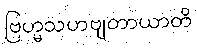
ဗြဟ္မသဟဗျတာယာတိ